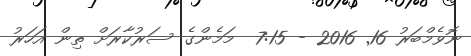
ނޮވެމްބަރު 16